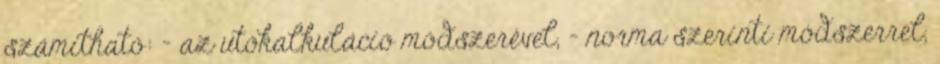
számítható: - az utókalkuláció módszerével, - norma szerinti módszerrel,